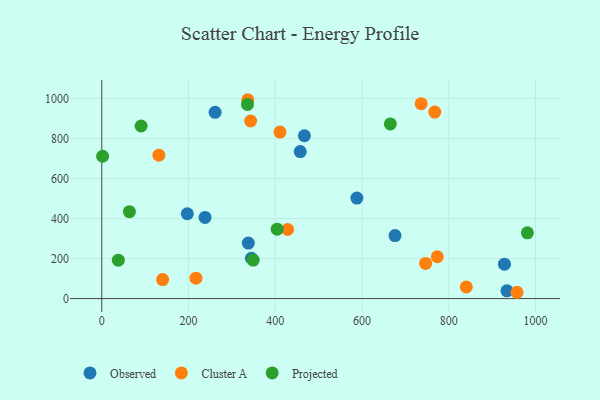
{"axis": {"x": "Price", "y": "Fuel Efficiency"}, "legend": ["Cluster A", "Observed", "Projected"], "data": [{"x": "197.2", "y": 424.0, "type": "Observed"}, {"x": "934.0", "y": 38.5, "type": "Observed"}, {"x": "588.1", "y": 502.3, "type": "Observed"}, {"x": "238.1", "y": 405.9, "type": "Observed"}, {"x": "261.3", "y": 931.2, "type": "Observed"}, {"x": "676.0", "y": 315.1, "type": "Observed"}, {"x": "345.0", "y": 201.7, "type": "Observed"}, {"x": "337.8", "y": 277.7, "type": "Observed"}, {"x": "457.5", "y": 735.2, "type": "Observed"}, {"x": "467.1", "y": 814.0, "type": "Observed"}, {"x": "928.3", "y": 172.0, "type": "Observed"}, {"x": "217.2", "y": 101.9, "type": "Cluster A"}, {"x": "140.3", "y": 94.8, "type": "Cluster A"}, {"x": "410.8", "y": 832.5, "type": "Cluster A"}, {"x": "336.5", "y": 994.2, "type": "Cluster A"}, {"x": "746.5", "y": 175.8, "type": "Cluster A"}, {"x": "767.6", "y": 932.5, "type": "Cluster A"}, {"x": "773.5", "y": 209.2, "type": "Cluster A"}, {"x": "840.3", "y": 58.3, "type": "Cluster A"}, {"x": "343.1", "y": 887.8, "type": "Cluster A"}, {"x": "736.3", "y": 974.7, "type": "Cluster A"}, {"x": "428.5", "y": 345.3, "type": "Cluster A"}, {"x": "131.7", "y": 716.9, "type": "Cluster A"}, {"x": "957.2", "y": 31.5, "type": "Cluster A"}, {"x": "63.8", "y": 434.3, "type": "Projected"}, {"x": "349.1", "y": 192.6, "type": "Projected"}, {"x": "404.4", "y": 347.1, "type": "Projected"}, {"x": "90.7", "y": 862.9, "type": "Projected"}, {"x": "981.1", "y": 328.8, "type": "Projected"}, {"x": "38.2", "y": 192.2, "type": "Projected"}, {"x": "2.0", "y": 711.6, "type": "Projected"}, {"x": "665.2", "y": 873.4, "type": "Projected"}, {"x": "335.9", "y": 970.8, "type": "Projected"}]}